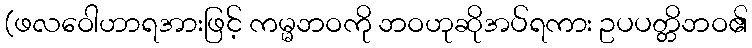
(ဖလဝေါဟာရအားဖြင့် ကမ္မဘဝကို ဘဝဟုဆိုအပ်ရကား ဥပပတ္တိဘဝ၏